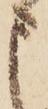
申